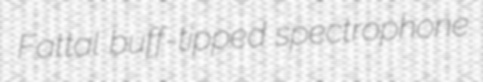
Fattal buff-tipped spectrophone